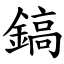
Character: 鎬